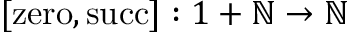
[ \mathrm { z e r o } , \mathrm { s u c c } ] : 1 + \mathbb { N } \to \mathbb { N }